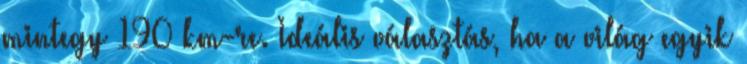
mintegy 190 km-re. Ideális választás, ha a világ egyik